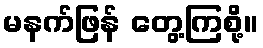
မနက်ဖြန် တွေ့ကြစို့။